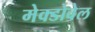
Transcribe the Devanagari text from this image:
मेक्डोवेल